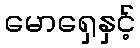
မောရှေနှင့်